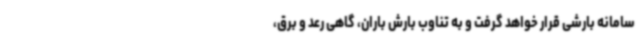
سامانه بارشی قرار خواهد گرفت و به تناوب بارش باران، گاهی رعد و برق،